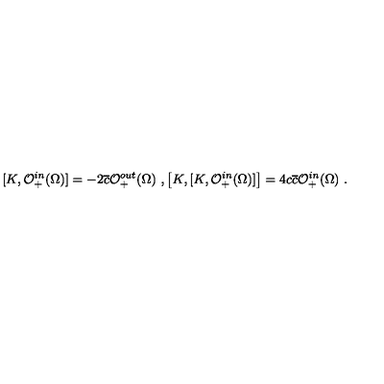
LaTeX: [ K , \mathcal { O } _ { + } ^ { i n } ( \Omega ) ] = - 2 \overline { { c } } \mathcal { O } _ { + } ^ { o u t } ( \Omega ) \ , \left[ K , [ K , \mathcal { O } _ { + } ^ { i n } ( \Omega ) ] \right] = 4 c \overline { { c } } \mathcal { O } _ { + } ^ { i n } ( \Omega ) \ .